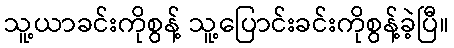
သူ့ယာခင်းကိုစွန့် သူ့ပြောင်းခင်းကိုစွန့်ခဲ့ပြီ။